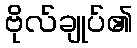
ဗိုလ်ချုပ်၏